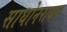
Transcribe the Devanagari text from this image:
साधोनरायन